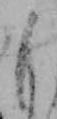
も